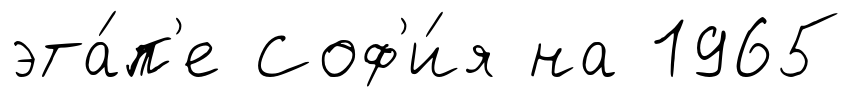
эта́п'е Соф'и́я на 1965